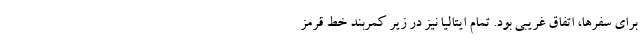
برای سفرها، اتفاق غریبی بود. تمام ایتالیا نیز در زیر کمربند خط قرمز